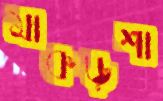
মাকড়শা